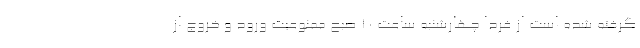
گرفته شده است از فردا چهارشنبه ساعت ۱۰ صبح ممنوعیت ورود و خروج از